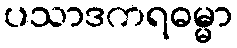
ပသာဒကရဓမ္မာ